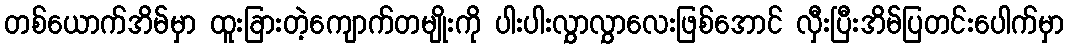
တစ်ယောက်အိမ်မှာ ထူးခြားတဲ့ကျောက်တမျိုးကို ပါးပါးလွှာလွှာလေးဖြစ်အောင် လှီးပြီးအိမ်ပြတင်းပေါက်မှာ